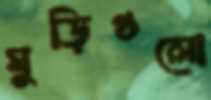
ঘুড়িগুলো